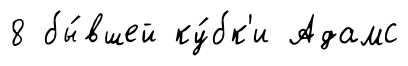
8 бы́вшей ку́бк'и Адамс